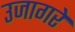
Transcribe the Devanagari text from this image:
उजागरे